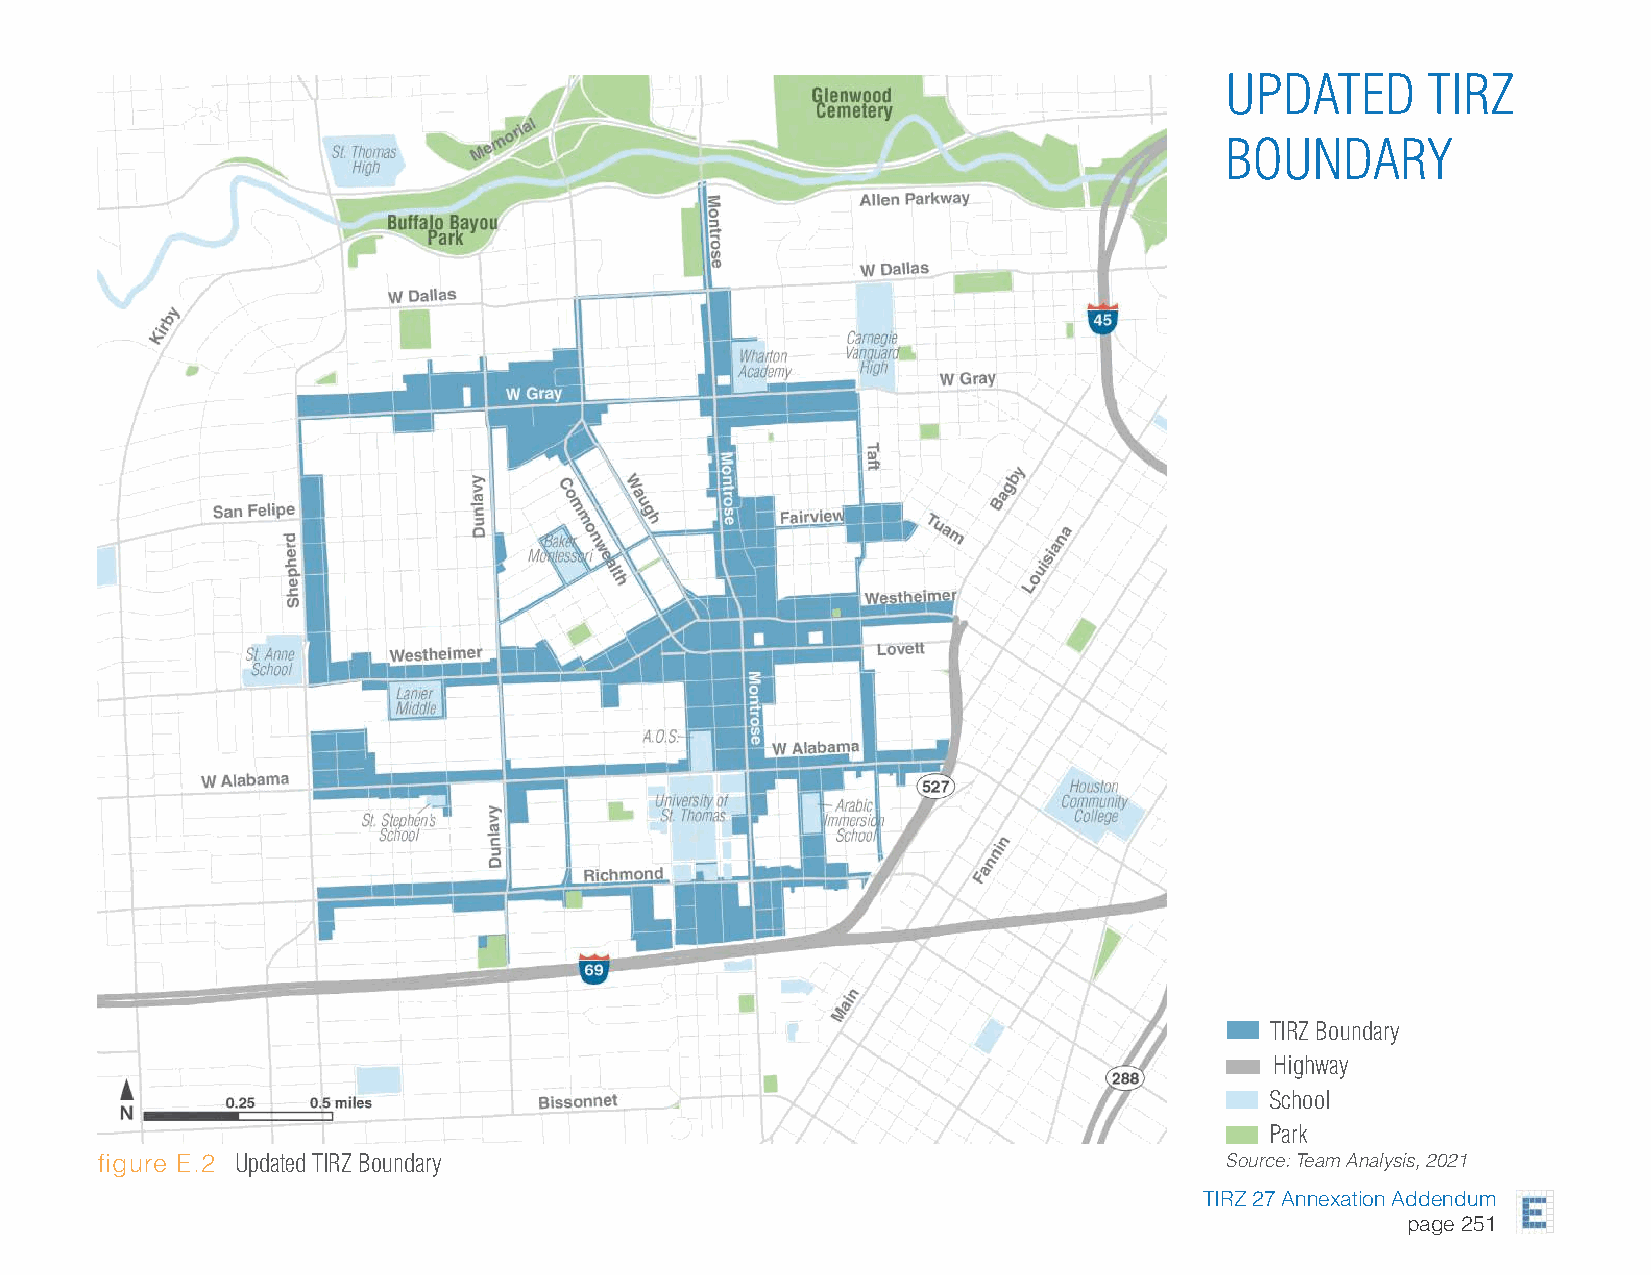
UPDATED      TIRZ
 BOUNDARY
 TIRZ Boundary
 Highway
 School
 Park
 figure E.2 Updated TIRZ Boundary                                           Source: Team Analysis, 2021
 TIRZ 27 Annexation Addendum
 page 251